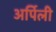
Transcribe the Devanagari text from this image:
अर्पिली